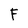
Character: F